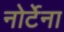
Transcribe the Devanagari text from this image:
नोर्टेना